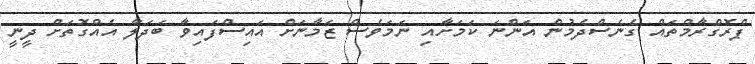
ޕްރޮގްރާމްތައް ގެނެސްދެމުން އަންނަ ކަމަށާއި ނަމަވެސް ޒަމާނަށް އައިސްފައިވާ ބަދަލާ އެއްގޮތަށް ދީނީ